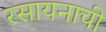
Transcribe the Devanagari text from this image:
रसायनाची